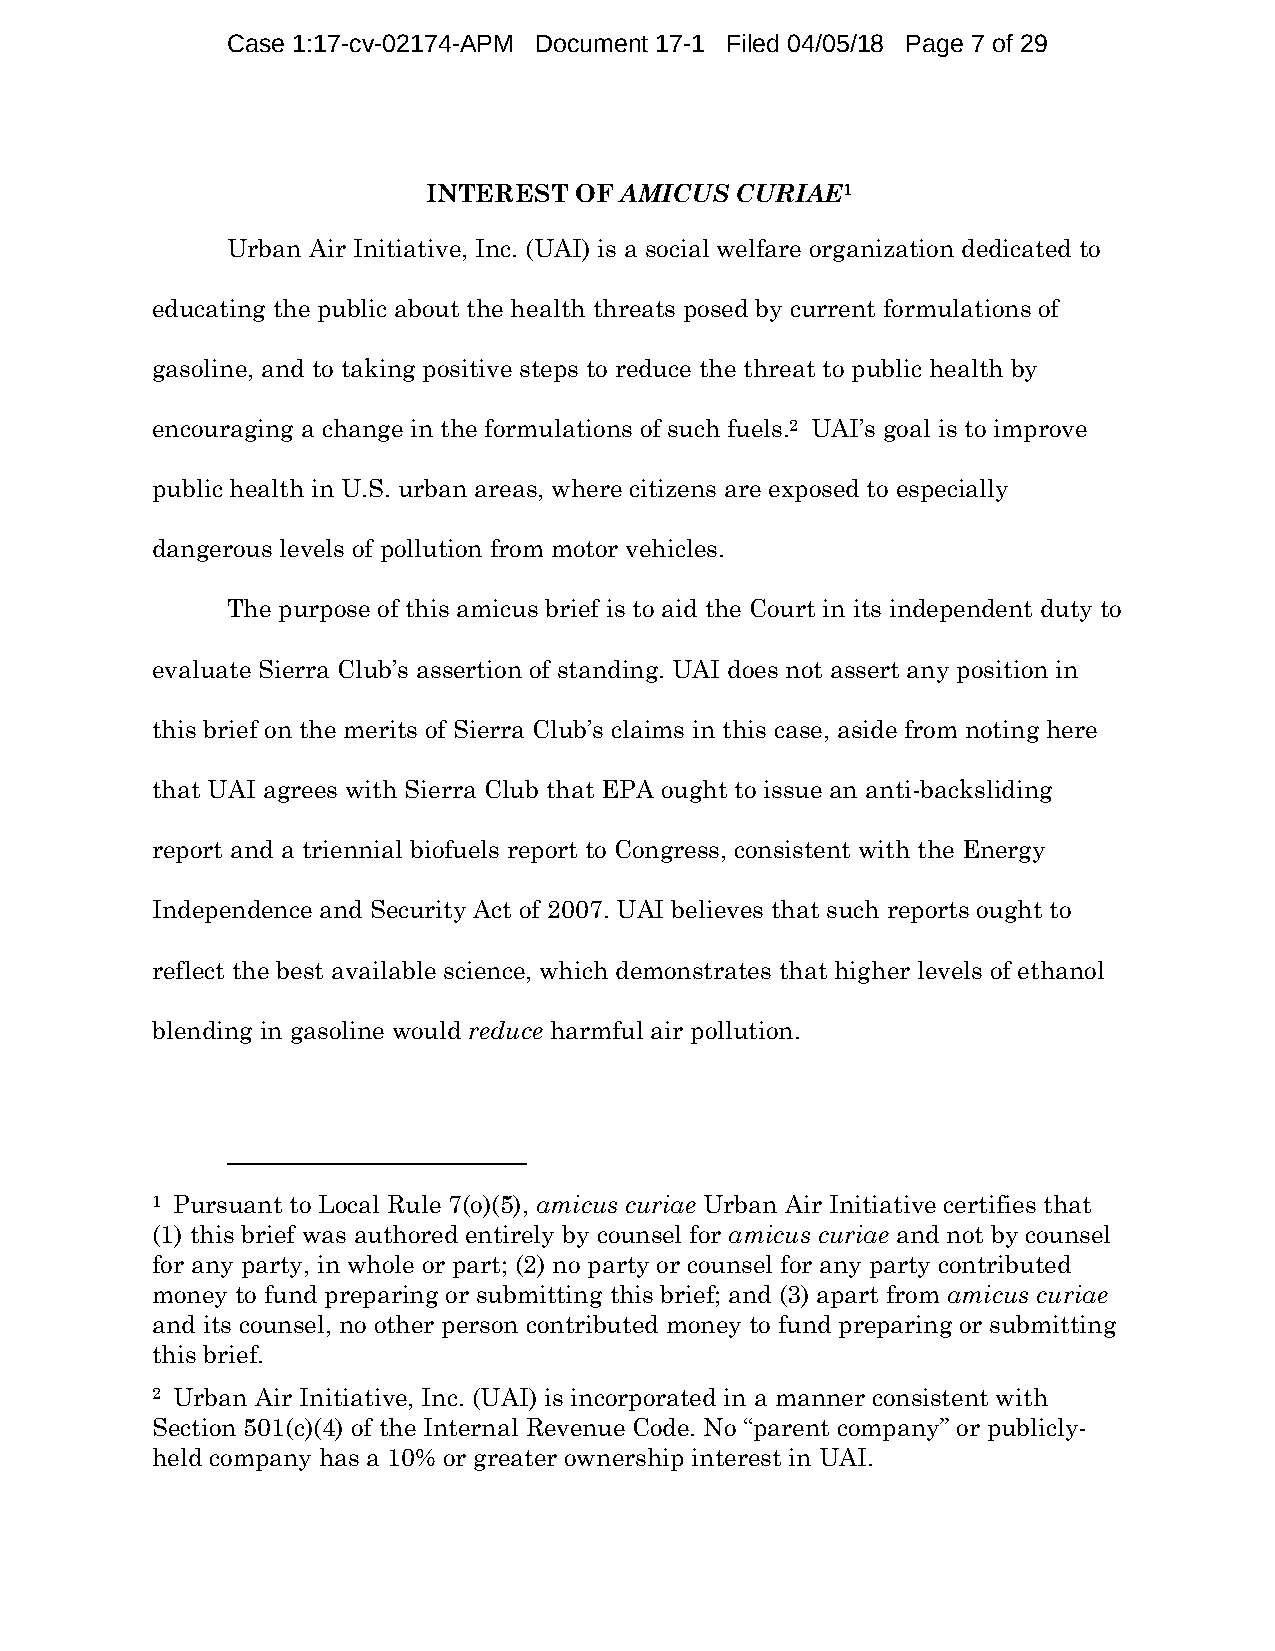
Case 1:17-cv-02174-APM Document 17-1 Filed 04/05/18 Page 7 of 29
 INTEREST  OF AMICUS  CURIAE1
 Urban Air Initiative, Inc. (UAI) is a social welfare organization dedicated to
 educating the public about the health threats posed by current formulations of
 gasoline, and to taking positive steps to reduce the threat to public health by
 encouraging a change in the formulations of such fuels.2 UAI’s goal is to improve
 public health in U.S. urban areas, where citizens are exposed to especially
 dangerous levels of pollution from motor vehicles.
 The purpose of this amicus brief is to aid the Court in its independent duty to
 evaluate Sierra Club’s assertion of standing. UAI does not assert any position in
 this brief on the merits of Sierra Club’s claims in this case, aside from noting here
 that UAI agrees with Sierra Club that EPA ought to issue an anti-backsliding
 report and a triennial biofuels report to Congress, consistent with the Energy
 Independence and Security Act of 2007. UAI believes that such reports ought to
 reflect the best available science, which demonstrates that higher levels of ethanol
 blending in gasoline would reduce harmful air pollution.
 1 Pursuant to Local Rule 7(o)(5), amicus curiae Urban Air Initiative certifies that
 (1) this brief was authored entirely by counsel for amicus curiae and not by counsel
 for any party, in whole or part; (2) no party or counsel for any party contributed
 money to fund preparing or submitting this brief; and (3) apart from amicus curiae
 and its counsel, no other person contributed money to fund preparing or submitting
 this brief.
 2 Urban Air Initiative, Inc. (UAI) is incorporated in a manner consistent with
 Section 501(c)(4) of the Internal Revenue Code. No “parent company” or publicly-
 held company has a 10% or greater ownership interest in UAI.